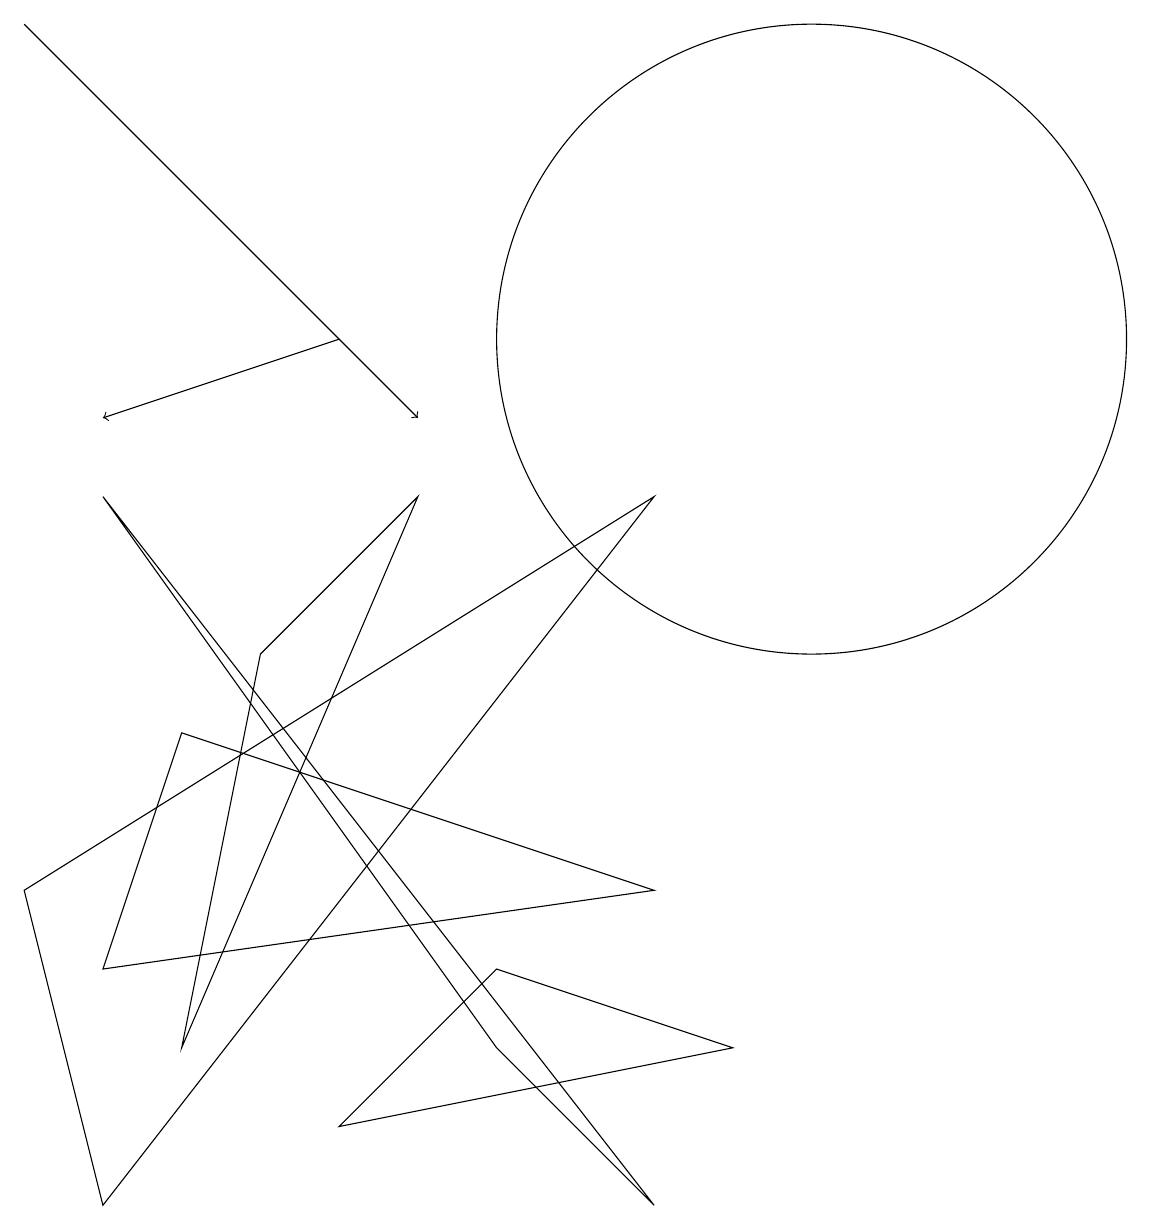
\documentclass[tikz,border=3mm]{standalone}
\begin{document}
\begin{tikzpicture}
\draw (1,3) -- (2,6) -- (8,4) -- cycle;
\draw (8,9) -- (1,0) -- (0,4) -- cycle;
\draw[->] (0,15) -- (5,10);
\draw[->] (4,11) -- (1,10);
\draw (3,7) -- (5,9) -- (2,2) -- cycle;
\draw (6,3) -- (4,1) -- (9,2) -- cycle;
\draw (6,2) -- (8,0) -- (1,9) -- cycle;
\draw (10,11) circle (4);
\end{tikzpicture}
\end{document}